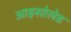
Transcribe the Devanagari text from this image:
आइसोलेड